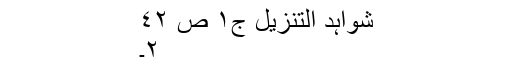
شواہد التنزیل ج١ ص ٤٢
٢۔